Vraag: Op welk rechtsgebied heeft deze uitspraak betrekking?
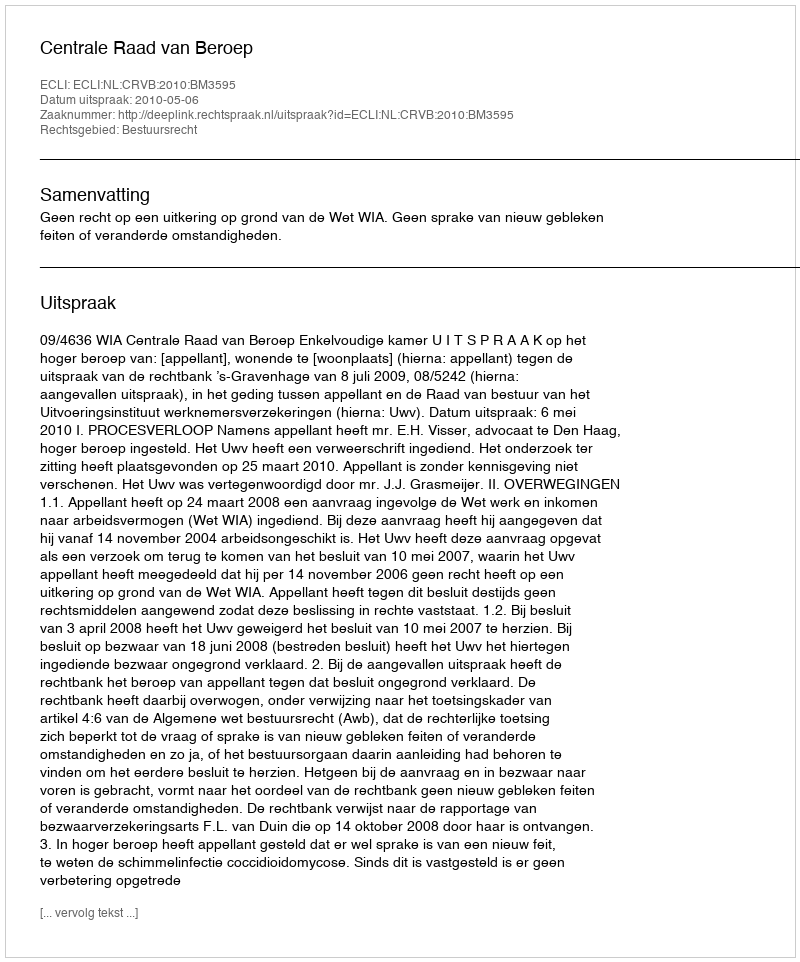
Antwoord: Bestuursrecht